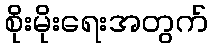
စိုးမိုးရေးအတွက်